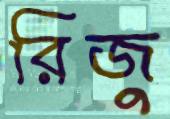
রিজু